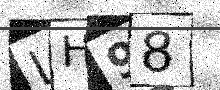
Text: LH98